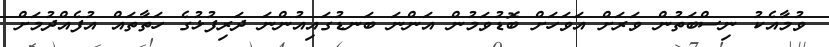
ވުމާއެކު ނިސްބަތުން ވަރަށް އަވަހަށް ބޮޑުވަމުން އަންނަ ބަނޑުގައިއުންނަ ދަރިފުޅުގެ ހަތާތައް އުފެއްދުމަށް